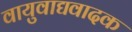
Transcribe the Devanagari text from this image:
वायुवाद्यवादक